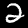
Digit: 2